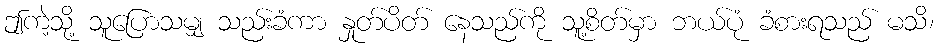
ဤကဲ့သို့ သူပြောသမျှ သည်းခံကာ နှုတ်ပိတ် နေသည်ကို သူ့စိတ်မှာ ဘယ်ပုံ ခံစားရသည် မသိ၊